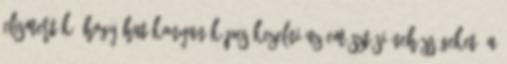
elismerték, hogy hatékonyan képes kezelni az emésztési nehézségeket, a